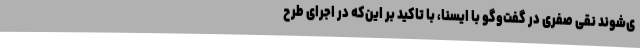
ی‌شوند نقی صفری در گفت‌وگو با ایسنا، با تاکید بر این‌که در اجرای طرح